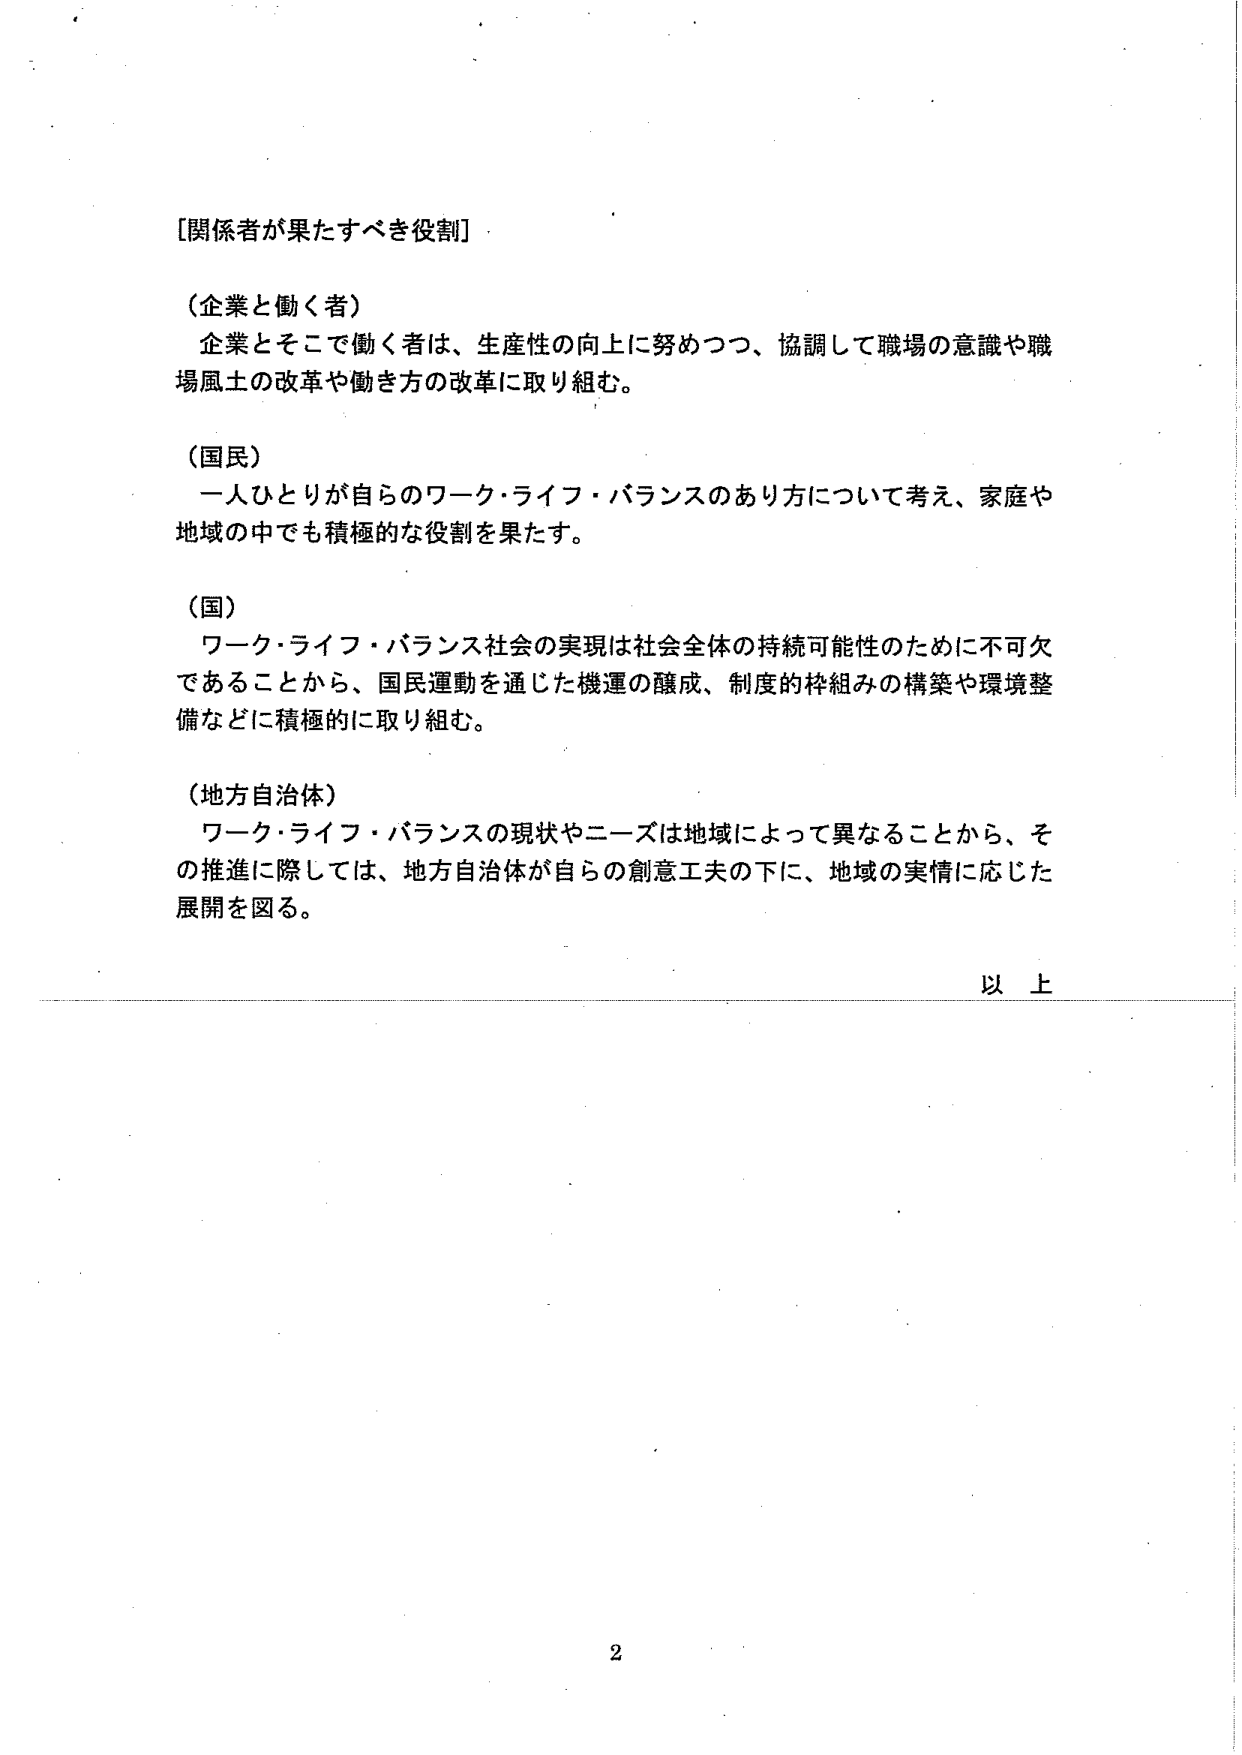
[関係者が果たすべき役割]

（企業と働く者）
企業とそこで働く者は、生産性の向上に努めつつ、協調して職場の意識や職場風土の改革や働き方の改革に取り組む。

（国民）
一人ひとりが自らのワーク・ライフ・バランスのあり方について考え、家庭や地域の中でも積極的な役割を果たす。

（国）
ワーク・ライフ・バランス社会の実現は社会全体の持続可能性のために不可欠であることから、国民運動を通じた機運の醸成、制度的枠組みの構築や環境整備などに積極的に取り組む。

（地方自治体）
ワーク・ライフ・バランスの現状やニーズは地域によって異なることから、その推進に際しては、地方自治体が自らの創意工夫の下に、地域の実情に応じた展開を図る。

以上

2